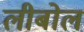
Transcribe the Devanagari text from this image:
लीबोल